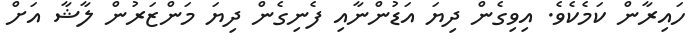
ހައިރާން ކަމެކެވެ. އިވިގެން ދިޔަ އަޑުންނާއި ފެނިގެން ދިޔަ މަންޒަރުން ލާޝާ އަށް